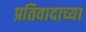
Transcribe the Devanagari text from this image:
प्रतिवादाच्या